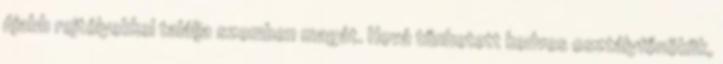
újabb rejtélyekkel találja szemben magát. Hová tűnhetett kedves osztályfőnökük,